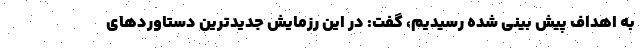
به اهداف پیش بینی شده رسیدیم، گفت: در این رزمایش جدیدترین دستاوردهای